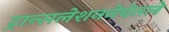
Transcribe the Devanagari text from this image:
ट्रान्सलेशननेघेतले